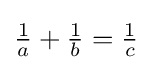
{\tfrac {1}{a}}+{\tfrac {1}{b}}={\tfrac {1}{c}}